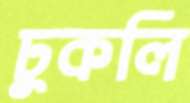
ঢুকলি